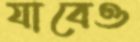
যাবেও